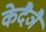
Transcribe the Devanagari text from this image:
केदैञै